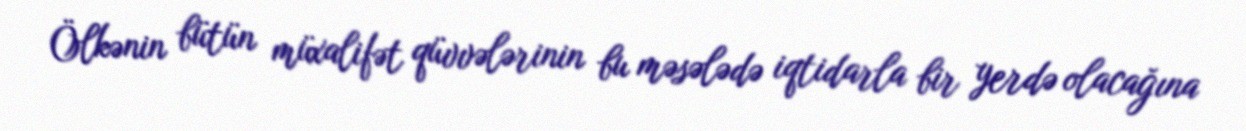
Ölkənin bütün müxalifət qüvvələrinin bu məsələdə iqtidarla bir yerdə olacağına